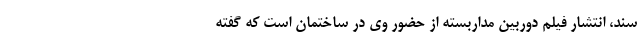
سند، انتشار فیلم دوربین مداربسته از حضور وی در ساختمان است که گفته